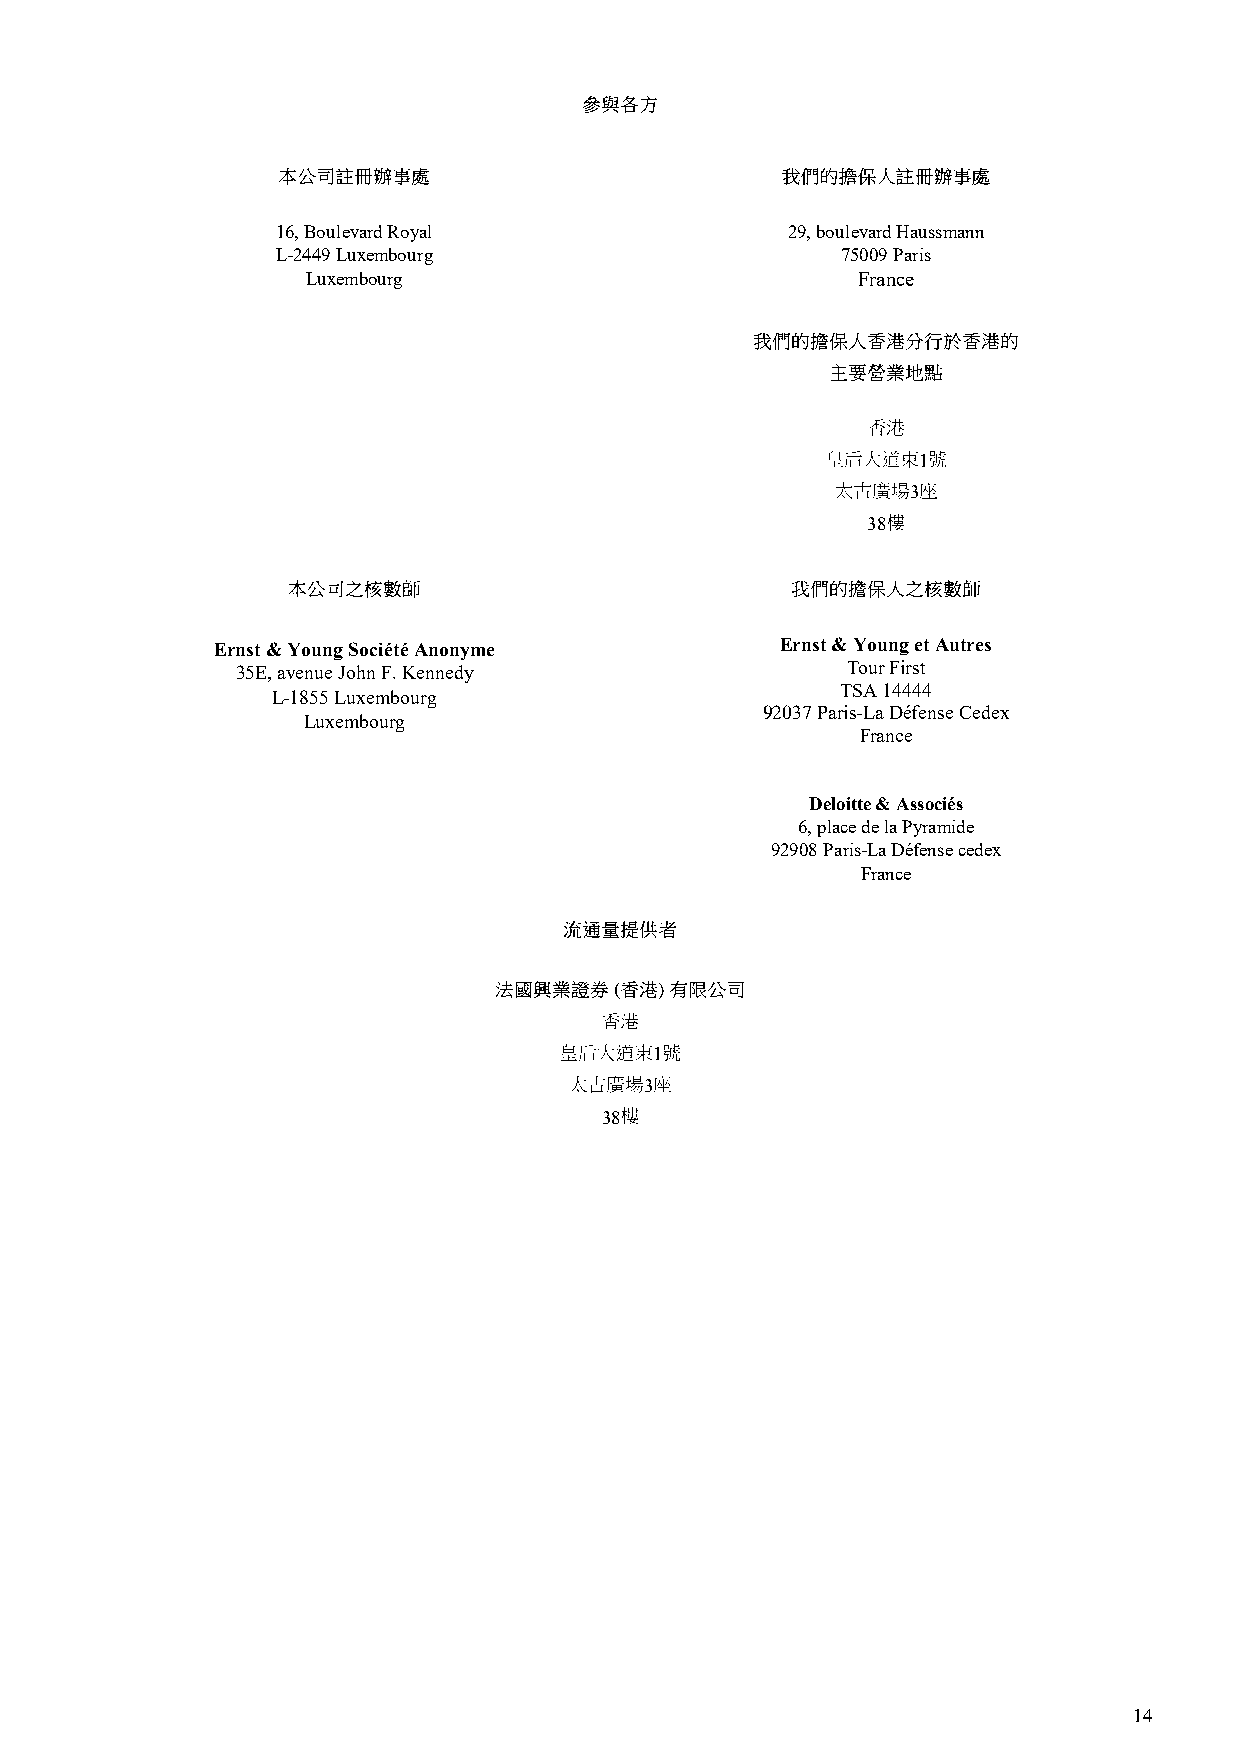
16, Boulevard Royal               29, boulevard Haussmann
 L-2449 Luxembourg                     75009 Paris
 Luxembourg                           France
 1
 3
 38
 Ernst & Young Société Anonyme         Ernst & Young et Autres
 35E, avenue John F. Kennedy             Tour First
 TSA 14444
 L-1855 Luxembourg
 92037 Paris-La Défense Cedex
 Luxembourg
 France
 Deloitte & Associés
 6, place de la Pyramide
 92908 Paris-La Défense cedex
 France
 1
 3
 38
 14